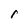
Character: r